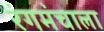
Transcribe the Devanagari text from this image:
रंगमंचाला